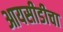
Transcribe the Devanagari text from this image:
आयसीडीचा